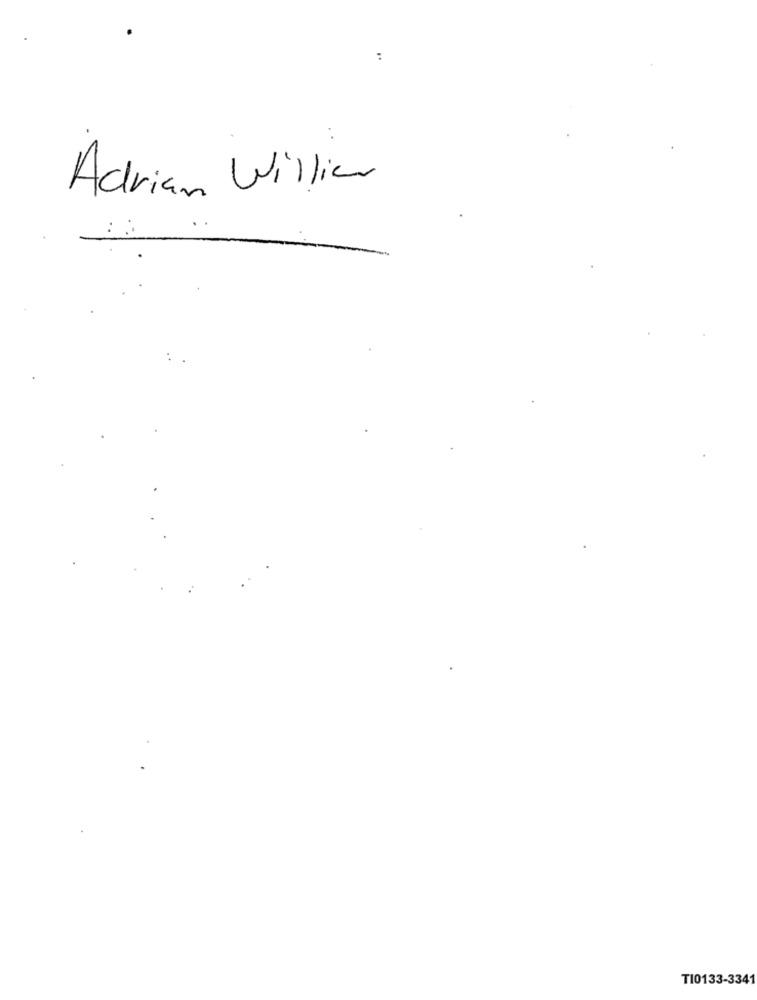
:
Adrian Willier
TI0133-3341